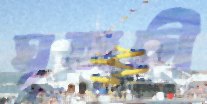
ঘৃতাচী